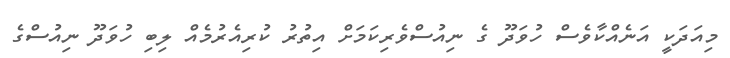
މިއަދަކީ އަނެއްކާވެސް ހުވަދޫ ގެ ނިއުސްވެރިކަމަށް އިތުރު ކުރިއެރުމެއް ލިބި ހުވަދޫ ނިއުސްގެ